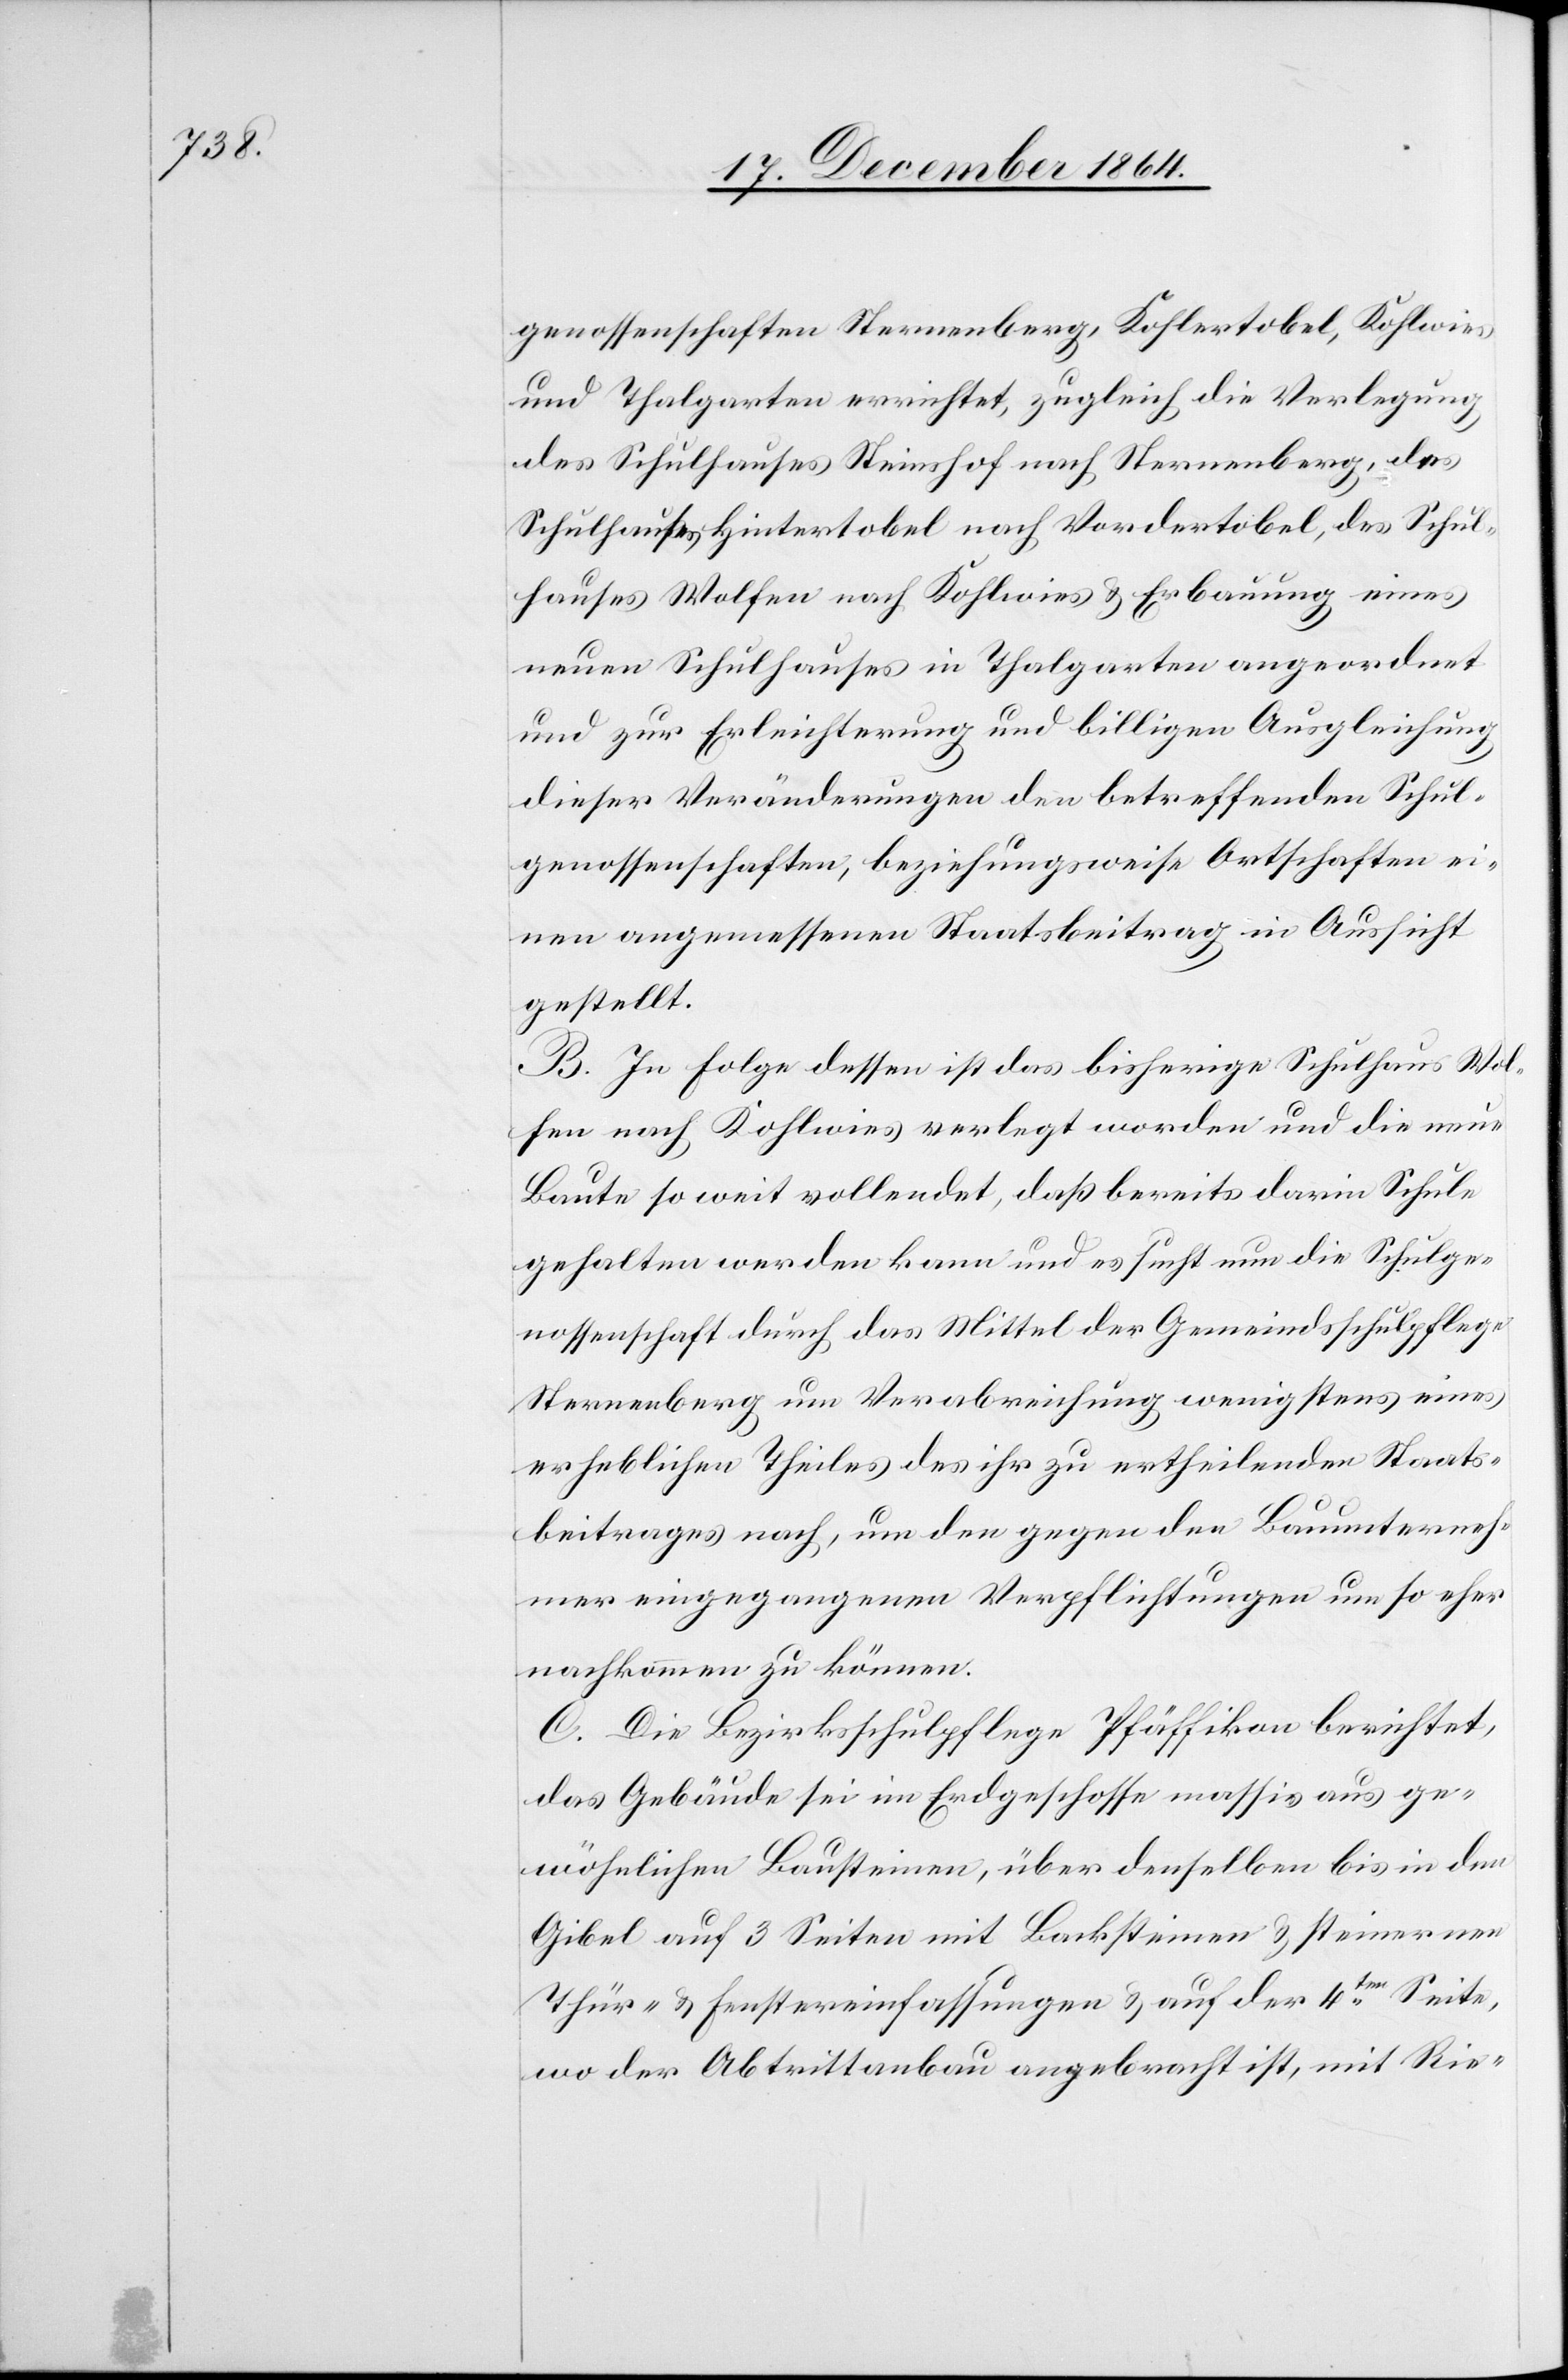
genossenschaften Sternenberg, Kohlertobel, Kohlwies
und Thalgarten errichtet, zugleich die Verlegung
des Schulhauses Steinshof nach Sternenberg, das
Schulhaus Hintertobel nach Vordertobel, das Schul¬
haus Wolfen nach Kohlwies & Erbauung eines
neuen Schulhauses in Thalgarten angeordnet
und zur Erleichterung und billigen Ausgleichung
dieser Veränderungen den betreffenden Schul¬
genossenschaften, beziehungsweise Ortschaften ei¬
nen angemessenen Staatsbeitrag in Aussicht
gestellt.
B. In Folge dessen ist das bisherige Schulhaus Wol¬
fen nach Kohlwies verlegt worden und die neue
Baute so weit vollendet, daß bereits darin Schule
gehalten werden kann und es sucht nun die Schulge¬
nossenschaft durch das Mittel der Gemeindsschulpflege
Sternenberg um Verabreichung wenigstens eines
erheblichen Theiles des ihr zu ertheilenden Staats¬
beitrages nach, um den gegen den Bauunterneh¬
mer eingegangenen Verpflichtungen um so eher
nachkommen zu können.
C. Die Bezirksschulpflege Pfäffikon berichtet,
das Gebäude sei im Erdgeschosse massiv aus ge¬
wöhnlichen Bausteinen, über denselben bis in den
Gibel auf 3 Seiten mit Backsteinen & steinernen
Thür- & Fenstereinfassungen & auf der 4ten Seite,
wo der Abtrittanbau angebracht, mit Rie-